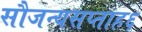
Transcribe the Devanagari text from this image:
सौजन्यसप्ताह६